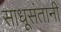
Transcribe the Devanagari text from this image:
साधूसंतानी